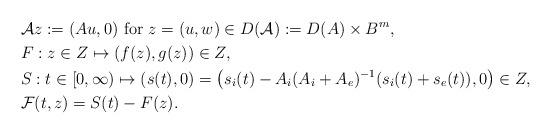
LaTeX: \begin{align*}&\mathcal{A}z:=(Au,0)~{\rm for}~z=(u,w)\in D(\mathcal{A}):=D(A)\times B^m, \\&F:z\in Z\mapsto(f(z),g(z))\in Z, \\&S:t\in[0,\infty)\mapsto(s(t),0)=\left(s_i(t)-A_i(A_i+A_e)^{-1}(s_i(t)+s_e(t)),0\right)\in Z, \\&\mathcal{F}(t,z)=S(t)-F(z). \end{align*}